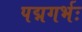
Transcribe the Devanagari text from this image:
पद्मगर्भः